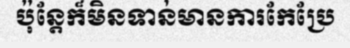
ប៉ុន្តែក៏មិនទាន់មានការកែប្រែ